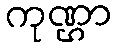
ကုဏ္ဌာ